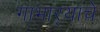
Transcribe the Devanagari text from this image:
गाभाऱ्याचे